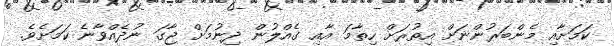
ކަމަށާއި މެންބަރުންނަށް އިތުރަށް ހިތާމަ އާއި ގެއްލުން ދިނުމަށް ޖާގަ ނުދެއްވާނެ ކަމަށެވެ.